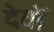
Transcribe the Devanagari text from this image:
देवोँ